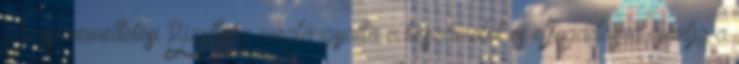
Városüzemeltetési Bizottság megtárgyalta a beszámolót és elfogadásra ajánlja a